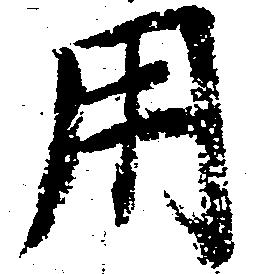
用